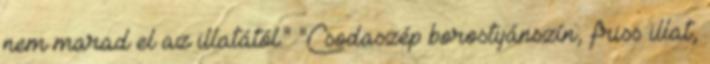
nem marad el az illatától." "Csodaszép borostyánszín, friss illat,